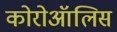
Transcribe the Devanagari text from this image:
कोरोऑलिस